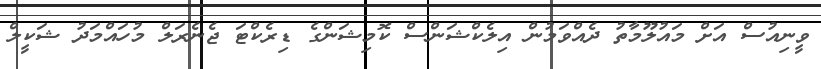
ވީނިއުސް އަށް މައުލޫމާތު ދެއްވަމުން އިލެކްޝަންސް ކޮމިޝަންގެ ޑިރެކްޓަ ޖެނެރަލް މުހައްމަދު ޝަކީލް